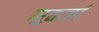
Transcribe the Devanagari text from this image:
मुतर्जा